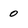
Character: 0